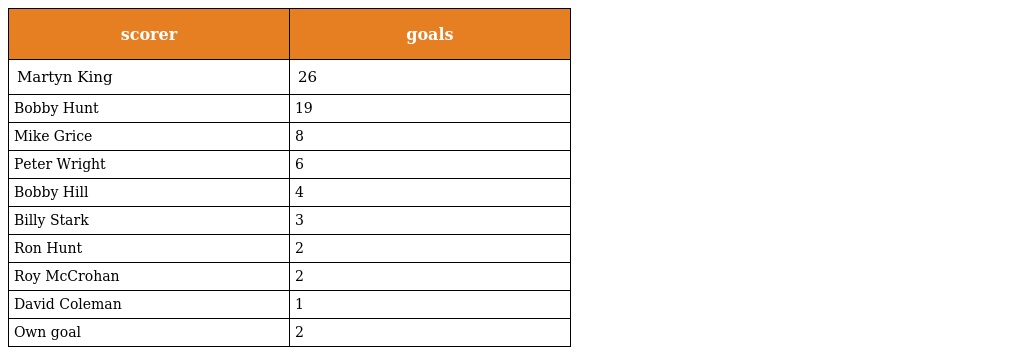
| scorer | goals |
 | --- | --- |
 | Martyn King | 26 |
 | Bobby Hunt | 19 |
 | Mike Grice | 8 |
 | Peter Wright | 6 |
 | Bobby Hill | 4 |
 | Billy Stark | 3 |
 | Ron Hunt | 2 |
 | Roy McCrohan | 2 |
 | David Coleman | 1 |
 | Own goal | 2 |